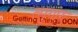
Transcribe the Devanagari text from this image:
त्सुगारु